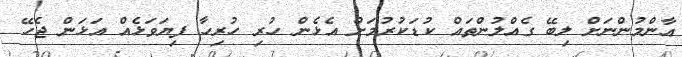
އާންމުންނަށް ލިބޭ ގެއްލުންތައް ކުޑަކުރުމަށް އެޅެން ހުރި ހުރިހާ ފިޔަވަޅެއް އަޅަން ޖެހޭ